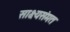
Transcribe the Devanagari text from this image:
साक्ष्यसंमत